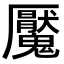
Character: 魘